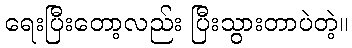
ရေးပြီးတော့လည်း ပြီးသွားတာပဲတဲ့။